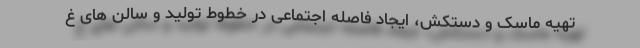
تهیه ماسک و دستکش، ایجاد فاصله اجتماعی در خطوط تولید و سالن های غ